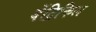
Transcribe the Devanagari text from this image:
वेंट्रिकिल